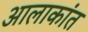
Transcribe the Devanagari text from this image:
आलाकांत